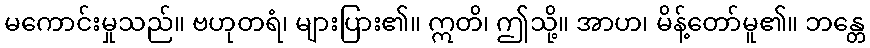
မကောင်းမှုသည်။ ဗဟုတရံ၊ များပြား၏။ ဣတိ၊ ဤသို့။ အာဟ၊ မိန့်တော်မူ၏။ ဘန္တေ